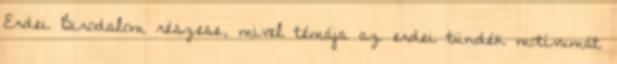
Erdei Birodalom részese, mivel témája az erdei tündék motívumát